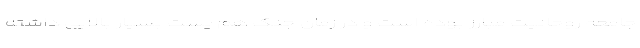
جامعه روحانیت مبارز بوده است و در زمان جنگ هم پست بسیار بالایی داشته